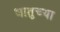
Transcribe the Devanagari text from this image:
धातुच्या